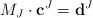
\begin{align*}M_J\cdot \mathbf{c}^J=\mathbf{d}^J \end{align*}